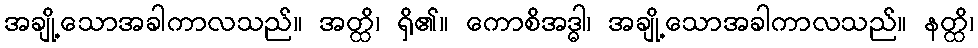
အချို့သောအခါကာလသည်။ အတ္ထိ၊ ရှိ၏။ ကောစိအဒ္ဓါ၊ အချို့သောအခါကာလသည်။ နတ္ထိ၊